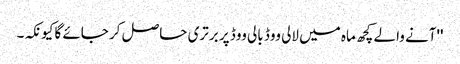
''آنے والے کچھ ماہ میں لالی ووڈ بالی ووڈ پر برتری حاصل کر جائے گا کیونکہ۔